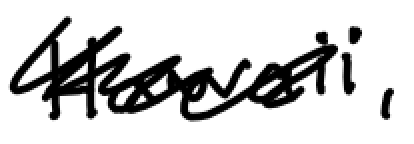
Text: Hawaii,
Cross-out: scratch
Writing tool: digital_black